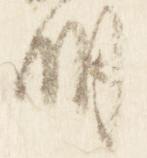
明